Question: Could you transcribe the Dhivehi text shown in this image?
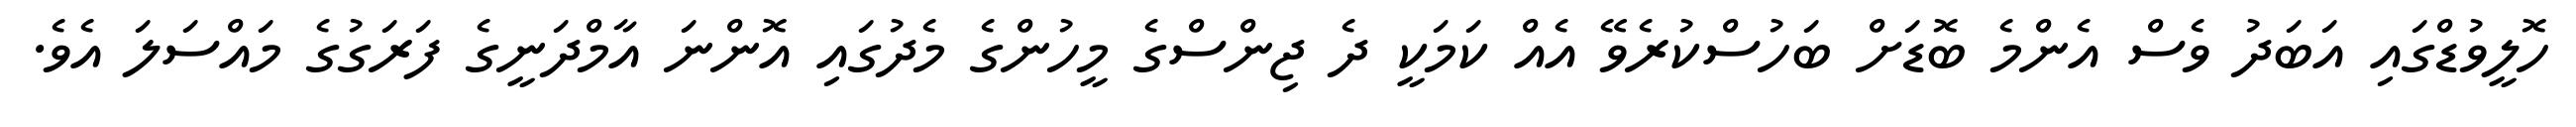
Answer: ހޮލީވުޑްގައި އަބަދު ވެސް އެންމެ ބޮޑަށް ބަހުސްކުރެވޭ އެއް ކަމަކީ ދެ ޖިންސްގެ މީހުންގެ މެދުގައި އޮންނަ އާމްދަނީގެ ފަރަގުގެ މައްސަލަ އެވެ.